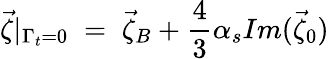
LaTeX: \vec{\zeta}|_{\Gamma_{t}=0}\; =\; \vec{\zeta}_{B}+\frac{4}{3}\alpha_{s}Im(\vec{\zeta}_{0})